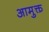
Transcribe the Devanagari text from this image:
आमुक्त